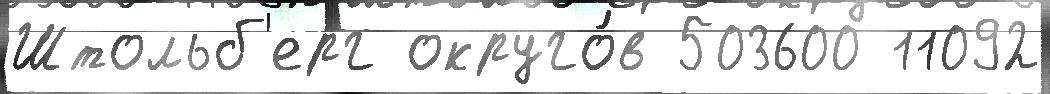
Штольб'ерг округо́в 503600 11092